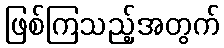
ဖြစ်ကြသည့်အတွက်